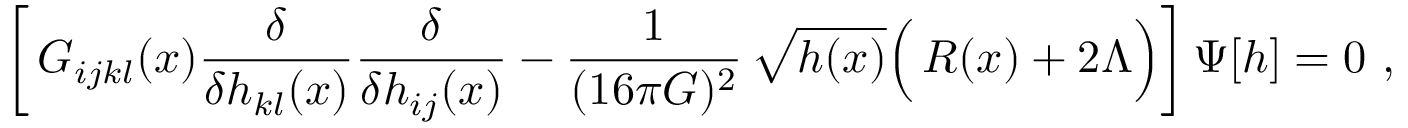
\biggl [ \, G _ { i j k l } ( x ) \frac { \delta } { \delta h _ { k l } ( x ) } \frac { \delta } { \delta h _ { i j } ( x ) } - \frac { 1 } { ( 1 6 \pi G ) ^ { 2 } } \, \sqrt { h ( x ) } \Bigl ( \! ~ R ( x ) + 2 \Lambda \Bigr ) \biggr ] \, \Psi [ h ] = 0 \ ,